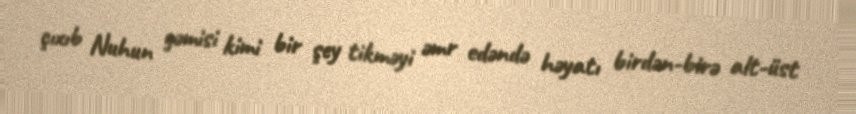
çıxıb Nuhun gəmisi kimi bir şey tikməyi əmr edəndə həyatı birdən-birə alt-üst